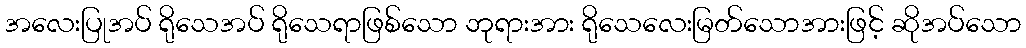
အလေးပြုအပ် ရိုသေအပ် ရိုသေရာဖြစ်သော ဘုရားအား ရိုသေလေးမြတ်သောအားဖြင့် ဆိုအပ်သော